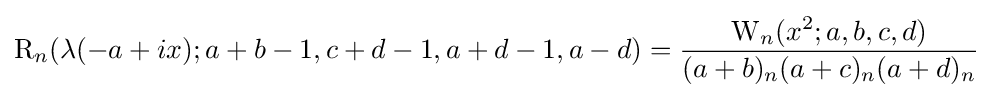
\operatorname {R} _{n}(\lambda (-a+ix);a+b-1,c+d-1,a+d-1,a-d)={\frac {\operatorname {W} _{n}(x^{2};a,b,c,d)}{(a+b)_{n}(a+c)_{n}(a+d)_{n}}}